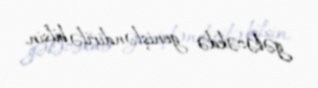
gələcəkdə genişləndirilə bilsin.